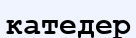
катедер